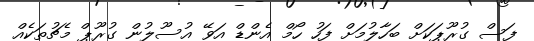
ފަސް ގުރޫޕަކަށް ބަހާލުމަށް ފަހު ހޯމް އެންޑް އަވޭ އުސޫލުން ގުރޫޕް މެޗުތަކެއް